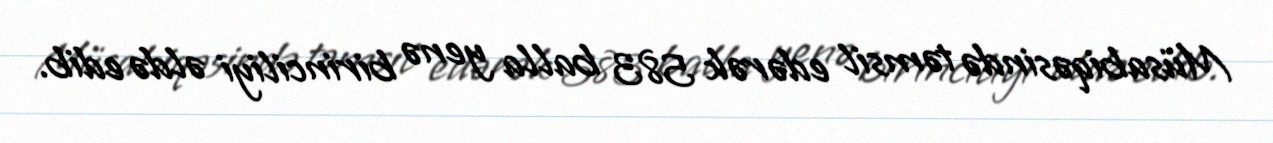
Müsabiqəsində təmsil edərək 583 balla yenə birinciliyi əldə edib.